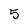
Character: 5